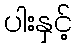
ပါးနှင့်